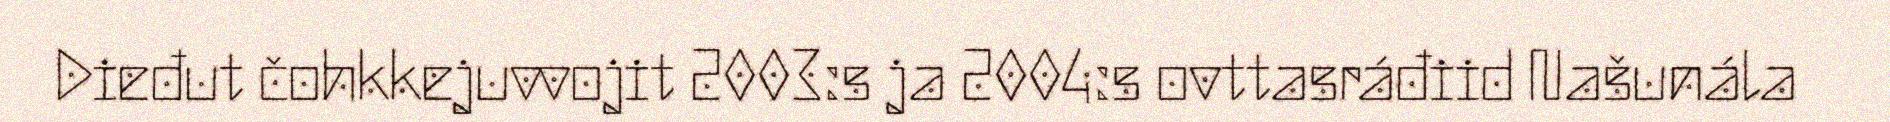
Dieđut čohkkejuvvojit 2003:s ja 2004:s ovttasráđiid Našunála